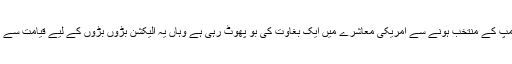
جہاں ٹرمپ کے منتخب ہونے سے امریکی معاشرے میں ایک بغاوت کی بو پھوٹ رہی ہے وہاں یہ الیکشن بڑوں بڑوں کے لیے قیامت سے کم نہیں ۔